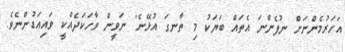
އަހަރުމެންނަށް ނުފެންނަ އެތައް ބަޔަކު މި ތާނގަ އުޅޭނެ" ނަވީން ވާހަކަދެއްކީ ވައިއަޑުންނެވެ.